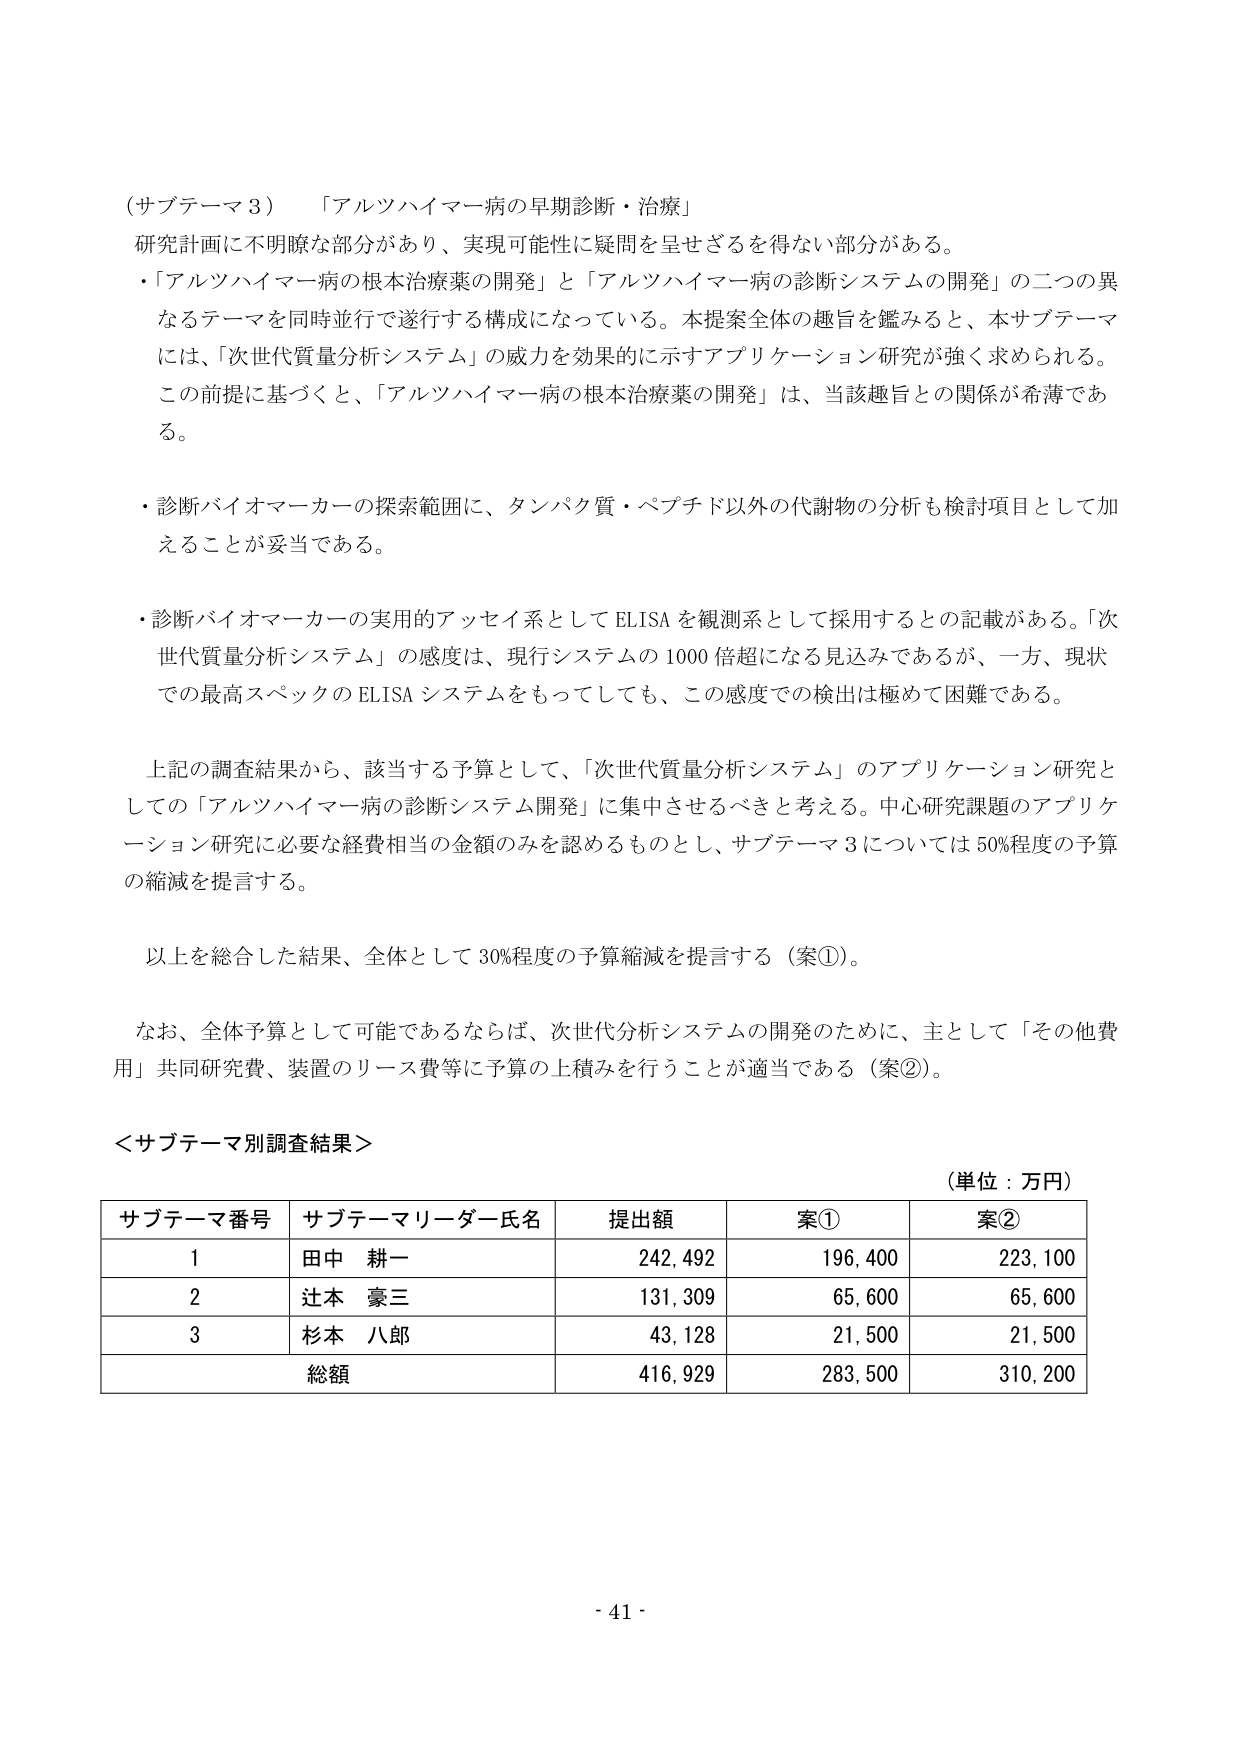
（サブテーマ３） 「アルツハイマー病の早期診断・治療」

研究計画に不明瞭な部分があり、実現可能性に疑問を呈せざるを得ない部分がある。

・「アルツハイマー病の根本治療薬の開発」と「アルツハイマー病の診断システムの開発」の二つの異なるテーマを同時並行で遂行する構成になっている。本提案全体の趣旨を鑑みると、本サブテーマには、「次世代質量分析システム」の威力を効果的に示すアプリケーション研究が強く求められる。この前提に基づくと、「アルツハイマー病の根本治療薬の開発」は、当該趣旨との関係が希薄である。

・診断バイオマーカーの探索範囲に、タンパク質・ペプチド以外の代謝物の分析も検討項目として加えることが妥当である。

・診断バイオマーカーの実用的アッセイ系としてELISAを観測系として採用するとの記載がある。「次世代質量分析システム」の感度は、現行システムの1000倍超になる見込みであるが、一方、現状での最高スペックのELISAシステムをもってしても、この感度での検出は極めて困難である。

上記の調査結果から、該当する予算として、「次世代質量分析システム」のアプリケーション研究としての「アルツハイマー病の診断システム開発」に集中させるべきと考える。中心研究課題のアプリケーション研究に必要な経費相当の金額のみを認めるものとし、サブテーマ3については50%程度の予算の縮減を提言する。

以上を総合した結果、全体として30%程度の予算縮減を提言する（案①）。

なお、全体予算として可能であるならば、次世代分析システムの開発のために、主として「その他費用」共同研究費、装置のリース費等に予算の上積みを行うことが適当である（案②）。

＜サブテーマ別調査結果＞

（単位：万円）

| サブテーマ番号 | サブテーマリーダー氏名 | 提出額 | 案① | 案② |
|----------------|------------------------|--------|-----|-----|
| 1              | 田中 耕一              | 242,492 | 196,400 | 223,100 |
| 2              | 辻本 豪三              | 131,309 | 65,600 | 65,600 |
| 3              | 杉本 八郎              | 43,128 | 21,500 | 21,500 |
| 総額           |                        | 416,929 | 283,500 | 310,200 |

- 41 -